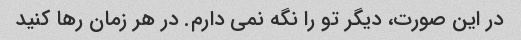
در این صورت، دیگر تو را نگه نمی دارم. در هر زمان رها کنید